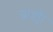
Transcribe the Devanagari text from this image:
ब्राह्यी